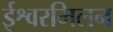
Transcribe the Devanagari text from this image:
ईश्वरमिलन